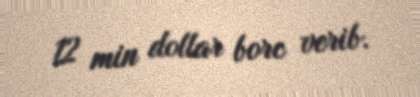
12 min dollar borc verib.